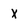
Character: X